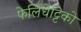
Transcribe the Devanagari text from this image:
फेर्लिंघेट्टिको